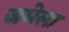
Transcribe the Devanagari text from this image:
जमेला